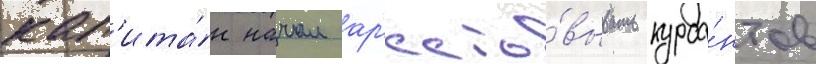
кап'ита́н начал ар'есто́вывать курса́нтов